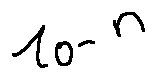
1 0 ^ { - n }